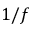
1 / f